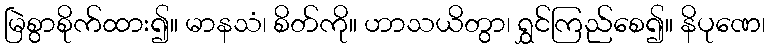
မြဲစွာစိုက်ထား၍။ မာနသံ၊ စိတ်ကို။ ဟာသယိတွာ၊ ရွှင်ကြည်စေ၍။ နိပုဏေ၊